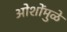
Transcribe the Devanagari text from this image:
ओशोंमुळे